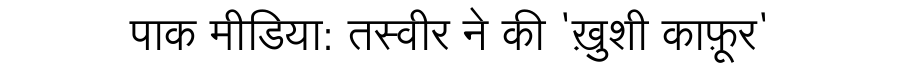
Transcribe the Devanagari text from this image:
पाक मीडिया: तस्वीर ने की 'ख़ुशी काफ़ूर'